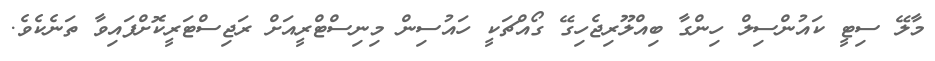
މާލޭ ސިޓީ ކައުންސިލް ހިންގާ ބިއްލޫރިޖެހިގޭ ގޯއްޗަކީ ހައުސިން މިނިސްޓްރީއަށް ރަޖިސްޓަރީކޮށްފައިވާ ތަނެކެވެ.